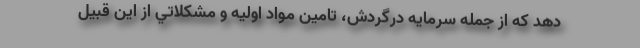
دهد كه از جمله سرمايه درگردش، تامين مواد اوليه و مشكلاتي از اين قبيل